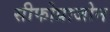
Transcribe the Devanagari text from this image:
सीफोप्राजोन